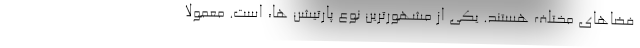
فضاهای مختلف هستند. یکی از مشهورترین نوع پارتیشن ها، است. معمولا